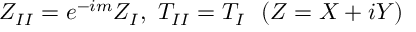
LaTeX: Z _ { I I } = e ^ { - i m } Z _ { I } , \ T _ { I I } = T _ { I } \ \ ( Z = X + i Y )